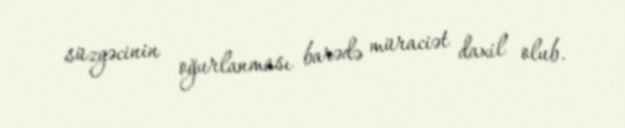
süzgəcinin oğurlanması barədə müraciət daxil olub.